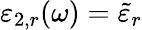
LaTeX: \varepsilon_{2,r}(\omega)=\tilde{\varepsilon}_{r}